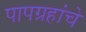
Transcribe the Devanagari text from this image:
पापग्रहांचे